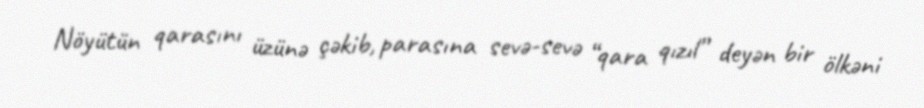
Nöyütün qarasını üzünə çəkib, parasına sevə-sevə “qara qızıl” deyən bir ölkəni